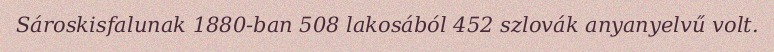
Sároskisfalunak 1880-ban 508 lakosából 452 szlovák anyanyelvű volt.